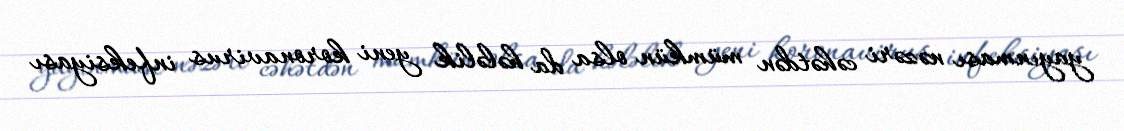
yayınması nəzəri cəhətdən mümkün olsa da hələlik yeni koronavirus infeksiyası